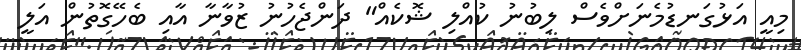
މިއީ އަޅުގަނޑުމެނަށްވެސް ލިބުނު ކުއްލި ޝޮކެއް" ދަންޖެހުނު ޒުވާނާ އާއި ބެހޭގޮތުން އަލީ